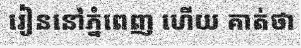
រៀននៅភ្នំពេញ ហើយ គាត់ថា